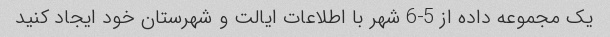
یک مجموعه داده از 5-6 شهر با اطلاعات ایالت و شهرستان خود ایجاد کنید